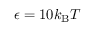
\epsilon = 1 0 k _ { \mathrm { B } } T